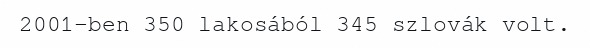
2001-ben 350 lakosából 345 szlovák volt.